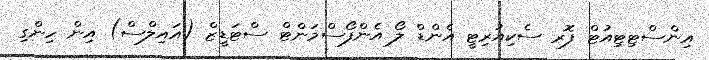
އިންސްޓިޓިއުޓް ފޮރ ސެކިއުރިޓީ އެންޑް ލޯ އެންފޯސްމަންޓް ސްޓަޑީޒް (އައިލްސް) އިން ހިންގި